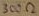
Text: 300Ω